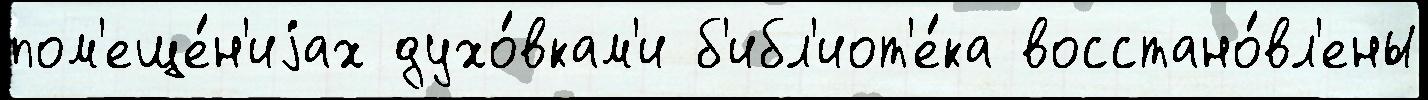
пом'еще́н'иjах духо́вкам'и б'ибл'иот'е́ка восстано́вл'ены